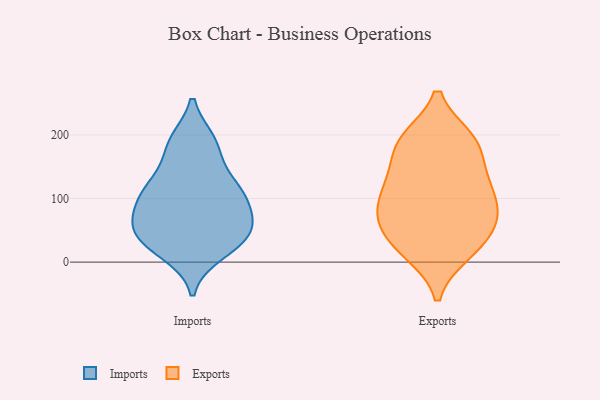
{"axis": {"x": "Operating Costs (USD K)", "y": "Value"}, "legend": ["Exports", "Imports"], "data": [{"x": "", "y": 37, "type": "Imports"}, {"x": "", "y": 64, "type": "Imports"}, {"x": "", "y": 97, "type": "Imports"}, {"x": "", "y": 89, "type": "Imports"}, {"x": "", "y": 33, "type": "Imports"}, {"x": "", "y": 184, "type": "Imports"}, {"x": "", "y": 114, "type": "Imports"}, {"x": "", "y": 110, "type": "Imports"}, {"x": "", "y": 189, "type": "Imports"}, {"x": "", "y": 122, "type": "Imports"}, {"x": "", "y": 184, "type": "Imports"}, {"x": "", "y": 47, "type": "Imports"}, {"x": "", "y": 27, "type": "Imports"}, {"x": "", "y": 15, "type": "Imports"}, {"x": "", "y": 62, "type": "Imports"}, {"x": "", "y": 59, "type": "Imports"}, {"x": "", "y": 126, "type": "Imports"}, {"x": "", "y": 76, "type": "Exports"}, {"x": "", "y": 15, "type": "Exports"}, {"x": "", "y": 19, "type": "Exports"}, {"x": "", "y": 129, "type": "Exports"}, {"x": "", "y": 120, "type": "Exports"}, {"x": "", "y": 22, "type": "Exports"}, {"x": "", "y": 120, "type": "Exports"}, {"x": "", "y": 52, "type": "Exports"}, {"x": "", "y": 150, "type": "Exports"}, {"x": "", "y": 193, "type": "Exports"}, {"x": "", "y": 190, "type": "Exports"}, {"x": "", "y": 65, "type": "Exports"}, {"x": "", "y": 192, "type": "Exports"}, {"x": "", "y": 92, "type": "Exports"}, {"x": "", "y": 59, "type": "Exports"}, {"x": "", "y": 88, "type": "Exports"}, {"x": "", "y": 188, "type": "Exports"}]}